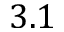
3 . 1